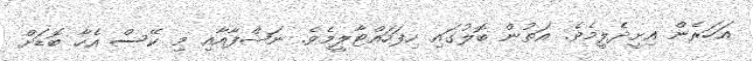
އަހަރެން އިށީދެލީމެވެ. އަތުން ބޮލުގައި ހިފަހައްޓާލީމެވެ. ނަޝްފާއާއި މި ކޭސް އެހާ ބޮޑަށް